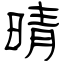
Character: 晴